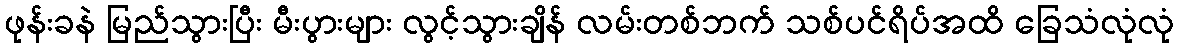
ဖုန်းခနဲ မြည်သွားပြီး မီးပွားများ လွင့်သွားချိန် လမ်းတစ်ဘက် သစ်ပင်ရိပ်အထိ ခြေသံလုံလုံ